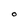
Character: O